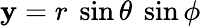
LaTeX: \mathbf{y}=r~\sin\theta~\sin\phi